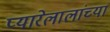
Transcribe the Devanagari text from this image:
प्यारेलालांच्या